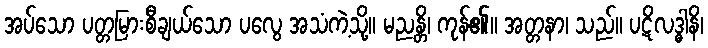
အပ်သော ပတ္တမြားစီချယ်သော ပလွေ အသံကဲ့သို့။ မညန္တိ၊ ကုန်၏။ အတ္တနာ၊ သည်။ ပဋိလဒ္ဓါနိ၊